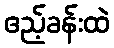
ဧည့်ခန်းထဲ